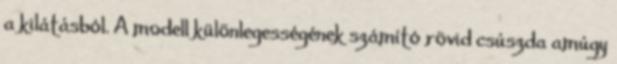
a kilátásból. A modell különlegességének számító rövid csúszda amúgy